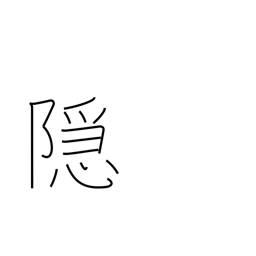
Meaning: cover